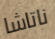
ناتاشا